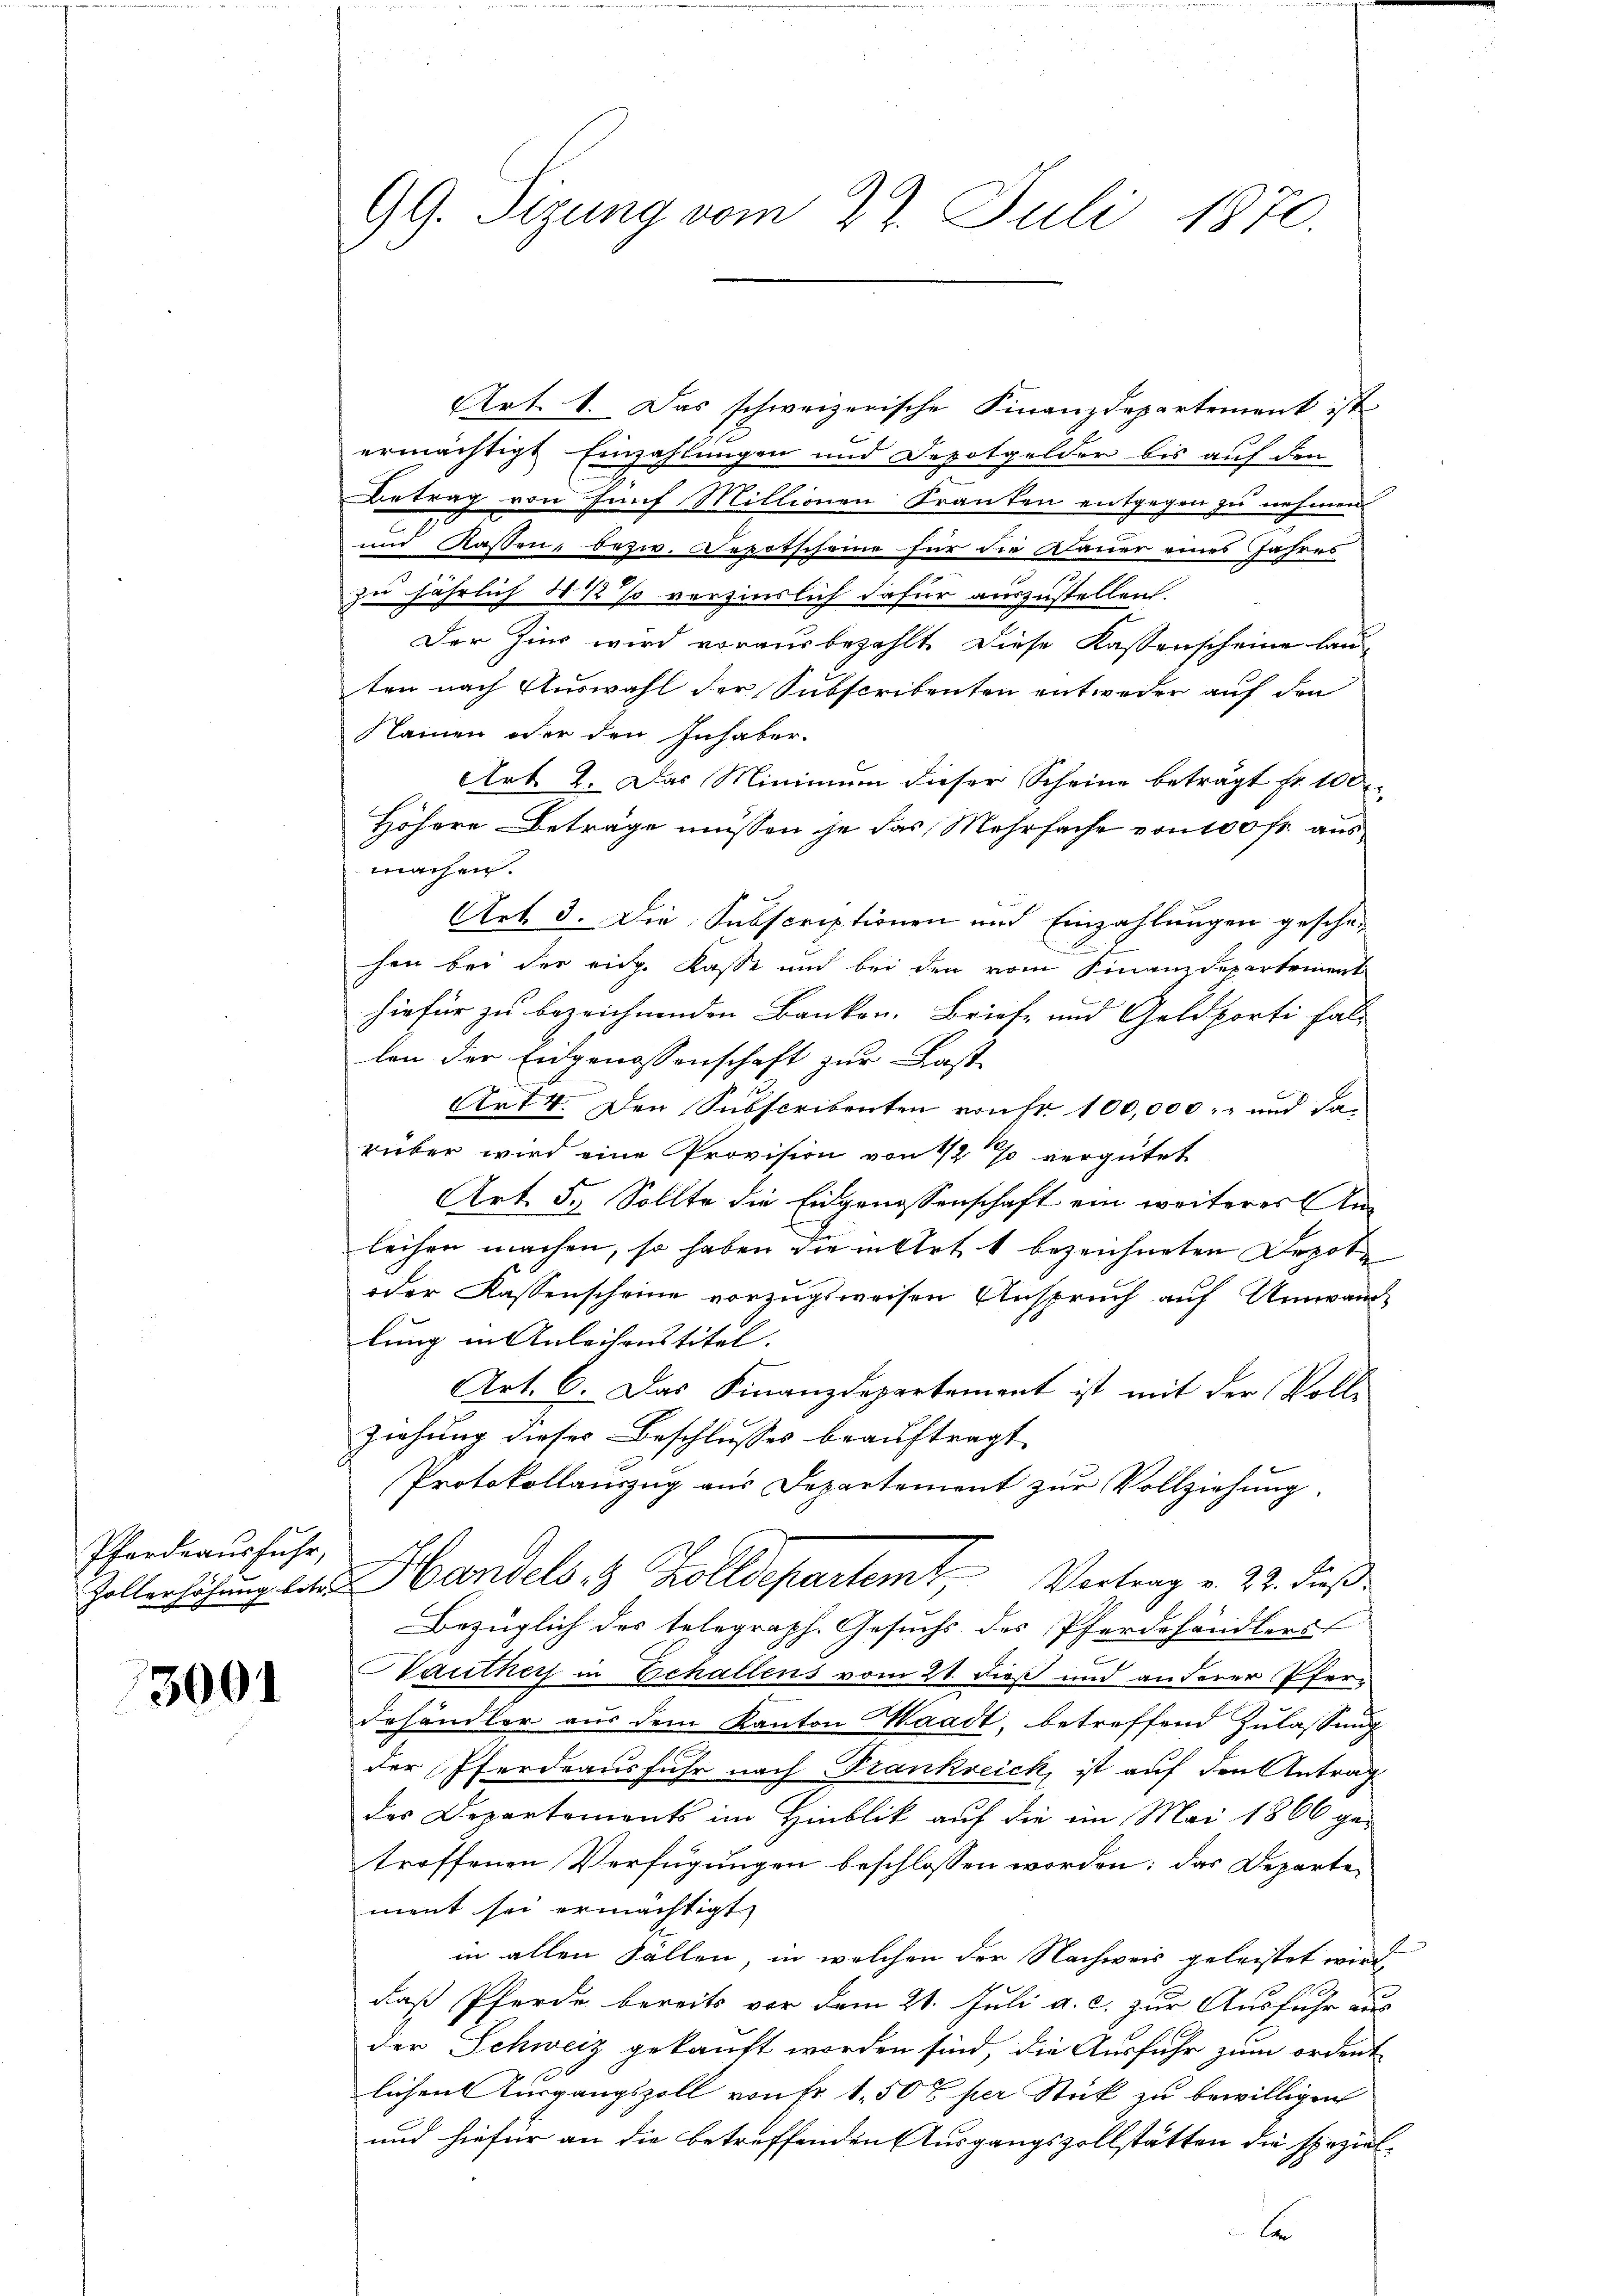
Pferdeausfuhr,

3001

GG. Sizung vom 27. Juli 1870.

Art. 1. Das schweizerische Finanzdepartement ist
s
ermächtigt Einzahlungen und Depotgelder bis auf den
Betrag von fünf Millionen Franten entgegen zu nehmen
und Kassen, bezw. Depotscheine für die Dauer eines Jahres
zu jährlich 5 ½ % verzinslich dafür auszustellen.
Der Zins wird vorausbezahlt. Diese Kassenscheine lau
ten nach Auswahl der Subscritenten entweder auf den
Namen oder den Inhaber.
Art. 2. Das Minimum dieser Scheine beträgt fr. 100
Höhere Betrage müssen je das Mehrfache von 100 fr. aus
machen.
Art. 3. Die Subscriptionen und Einzahlungen geschä-
hen bei der eige Kasse und bei den vom Finanzdepartement
hiefür zu bezeichnenden Banken. Brief- und Geldporti fall
len der Eidgenossenschaft zur Last
Art 4. Den Subscribenten von Fr. 100,000.- und da
rüber wird eine Provision von 1/2 % vergütet
Art. 5. Sollte die Eidgenossenschaft ein weiteres Anleihen machen, so haben die in Art 1 bezeichneten Depote
oder Kassenscheine vorzugsweisen Anspruch auf Umwand-
lung in Anleihenstitel.
Art. 6. Das Finanzdepartement ist mit der Voll-
ziehung dieses Beschlusses beauftragt
Protokollauszug aus Departement zur Vollziehung.
Zollerhöhung der Handels 8 Zolldepartem Vertrag v. 22. dieß
Bezüglich des telegraph. Gesuchs des Pferdehändlers
u
auther in Echallens vom 21. dieß und anderer Pferdehändler aus dem Kanton Waadt, betreffend Zulassung
der Pferdeausfuhr nach Frankreich, ist auf den Antrag
des Departements im Hinblik auf die im Mai 1866 ge-
troffenen Verfügungen beschlossen worden; das Departe
ment sei ermächtigt,
in allen Fällen, in welchen der Nachweis geleistet wird,
daß Pferde bereits vor dem 21. Juli a. c. zur Ausfuhr aus
der Schweiz gekauft worden sind, die Ausfuhr zum ordent
lichen Ausgangszoll von Fr. 1. 507 per Stück zu bewilligen
und hiefür an die betreffenden Ausgangszollstätten die speziel¬
A